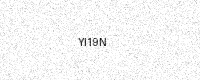
Text: YI19N